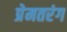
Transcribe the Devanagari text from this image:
प्रेमतरंग